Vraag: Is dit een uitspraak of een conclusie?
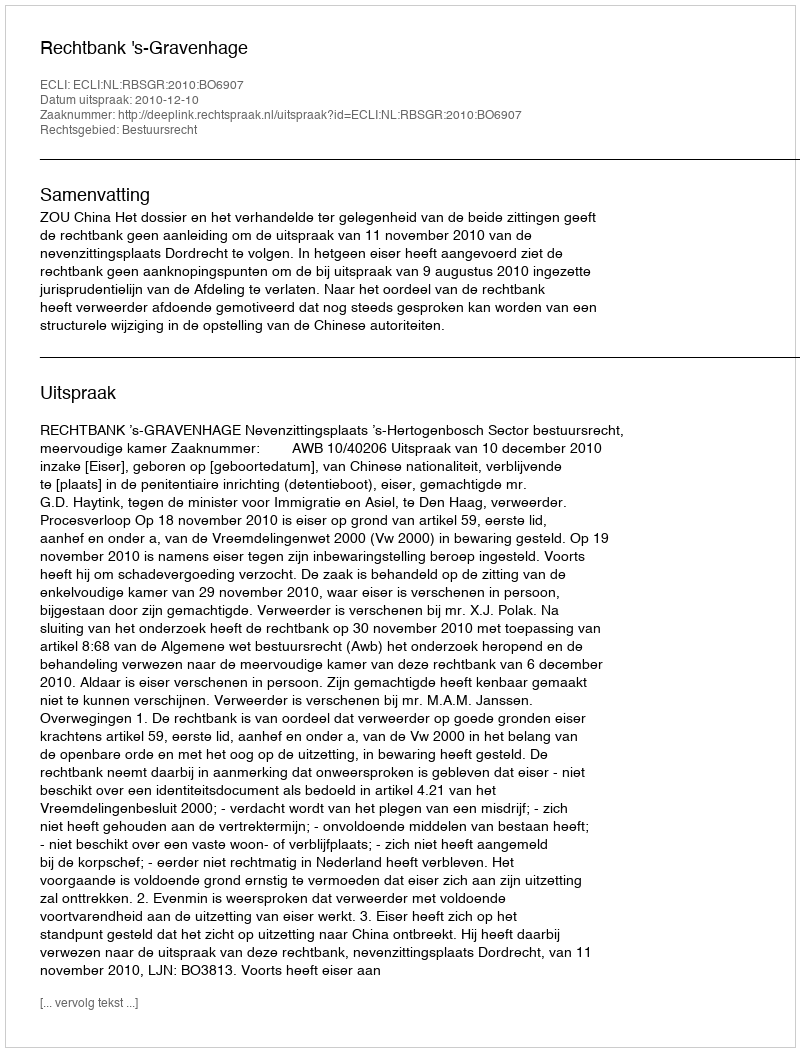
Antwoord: Uitspraak